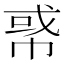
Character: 𢃤